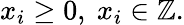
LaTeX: x_{i}\geq 0,\ x_{i}\in\mathbb{Z}.